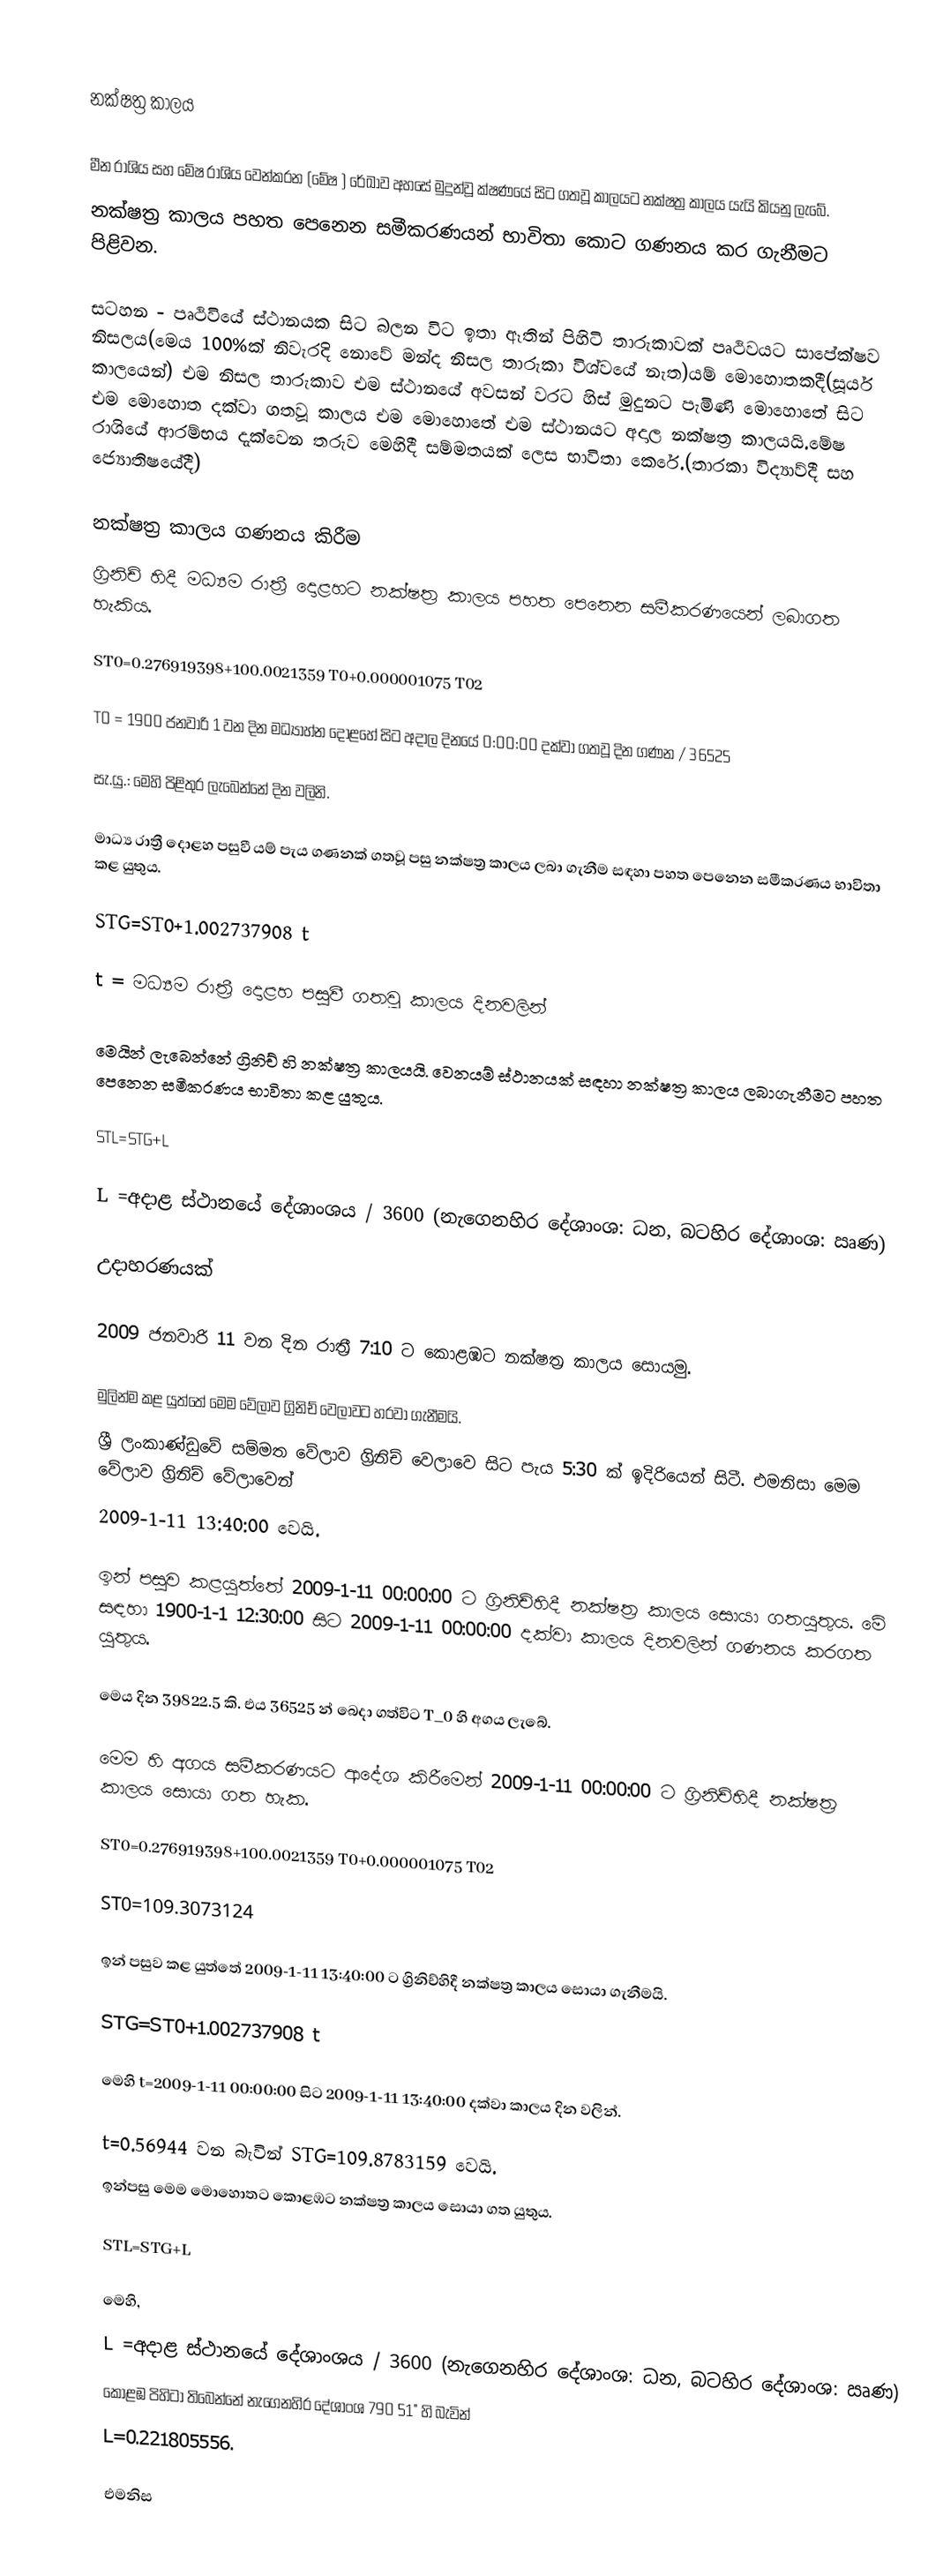

නක්ෂත්‍ර කාලය

මීන රාශිය සහ මේෂ රාශිය වෙන්කරන (මේෂ ) රේඛාව අහසේ මුදුන්වූ ක්ෂණයේ සිට ගතවූ කාලයට නක්ෂත්‍ර කාලය යැයි කියනු ලැබේ.
නක්ෂත්‍ර කාලය පහත පෙනෙන සමීකරණයන් භාවිතා කොට ගණනය කර ගැනීමට පිළිවන.

සටහන - පෘථිවියේ ස්ථානයක සිට බලන විට ඉතා ඈතින් පිහිටි තාරුකාවක් පෘථිවයට සාපේක්ෂව නිසලය(මෙය 100%ක් නිවැරදි නොවේ මන්ද නිසල තාරුකා විශ්වයේ නැත)යම් මොහොතකදී(සූර්ය කාලයෙන්) එම නිසල තාරුකාව එම ස්ථානයේ අවසන් වරට හිස් මුදුනට පැමිණි මොහොතේ සිට එම මොහොත දක්වා ගතවූ කාලය එම මොහොතේ එම ස්ථානයට අදාල නක්ෂත්‍ර කාලයයි.මේෂ රාශියේ ආරම්භය දැක්වෙන තරුව මෙහිදී සම්මතයක් ලෙස භාවිතා කෙරේ.(තාරකා විද්‍යාව්දී සහ ජ්‍යොතිෂයේදී)

නක්ෂත්‍ර කාලය ගණනය කිරීම
ග්‍රිනිච් හිදී මධ්‍යම රාත්‍රී දොළහට නක්ෂත්‍ර කාලය පහත පෙනෙන සමීකරණයෙන් ලබාගත හැකිය.

ST0=0.276919398+100.0021359 T0+0.000001075 T02

T0 = 1900 ජනවාරි 1 වන දින මධ්‍යාහ්න දොළහේ සිට අදාල දිනයේ 0:00:00 දක්වා ගතවූ දින ගණන / 36525

සැ.යු.: මෙහි පිළිතුර ලැබෙන්නේ දින වලිනි.

මාධ්‍ය රාත්‍රී දොළහ පසුවී යම් පැය ගණනක් ගතවූ පසු නක්ෂත්‍ර කාලය ලබා ගැනීම සඳහා පහත පෙනෙන සමීකරණය භාවිතා කළ යුතුය.

STG=ST0+1.002737908 t

t = මධ්‍යම රාත්‍රී දොළහ පසුවී ගතවූ කාලය දිනවලින්

මෙයින් ලැබෙන්නේ ග්‍රිනිච් හි නක්ෂත්‍ර කාලයයි. වෙනයම් ස්ථානයක් සඳහා නක්ෂත්‍ර කාලය ලබාගැනීමට පහත පෙනෙන සමීකරණය භාවිතා කළ යුතුය.

STL=STG+L

L =අදාළ ස්ථානයේ දේශාංශය / 3600 (නැගෙනහිර දේශාංශ: ධන, බටහිර දේශාංශ: ඍණ)

උදාහරණයක්

2009 ජනවාරි 11 වන දින රාත්‍රී 7:10 ට කොළඹට නක්ෂත්‍ර කාලය සොයමු.

මුලින්ම කළ යුත්තේ මෙම වේලාව ග්‍රිනිච් වෙලාවට හරවා ගැනීමයි.
ශ්‍රී ලංකාණ්ඩුවේ සම්මත වේලාව ග්‍රිනිච් වෙලාවෙ සිට පැය 5:30 ක් ඉදිරියෙන් සිටී. එමනිසා මෙම වේලාව ග්‍රිනිච් වේලාවෙන්
2009-1-11 13:40:00 වෙයි.

ඉන් පසුව කළයුත්තේ 2009-1-11 00:00:00 ට ග්‍රිනිච්හිදී නක්ෂත්‍ර කාලය සොයා ගතයුතුය. මේ සඳහා 1900-1-1 12:30:00 සිට 2009-1-11 00:00:00 දක්වා කාලය දිනවලින් ගණනය කරගත යුතුය.

මෙය දින 39822.5 කි. එය 36525 න් බෙදා ගත්විට T_0 හි අගය ලැබේ.

මෙම  හි අගය සමීකරණයට ආදේශ කිරීමෙන් 2009-1-11 00:00:00 ට ග්‍රිනිච්හිදී නක්ෂත්‍ර කාලය සොයා ගත හැක.

ST0=0.276919398+100.0021359 T0+0.000001075 T02

ST0=109.3073124

ඉන් පසුව කළ යුත්තේ 2009-1-11 13:40:00 ට ග්‍රිනිච්හිදී නක්ෂත්‍ර කාලය සොයා ගැනීමයි.

STG=ST0+1.002737908 t

මෙහි t=2009-1-11 00:00:00 සිට 2009-1-11 13:40:00 දක්වා කාලය දින වලින්.

t=0.56944 වන බැවින් STG=109.8783159 වෙයි.
ඉන්පසු මෙම මොහොතට කොළඹට නක්ෂත්‍ර කාලය සොයා ගත යුතුය.

STL=STG+L

මෙහි,
L =අදාළ ස්ථානයේ දේශාංශය / 3600  (නැගෙනහිර දේශාංශ: ධන, බටහිර දේශාංශ: ඍණ)
කොළඹ පිහිටා තිබෙන්නේ නැගෙනහිර දේශාංශ 790 51" හි බැවින්
L=0.221805556.

එමනිස